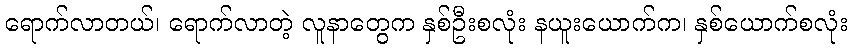
ရောက်လာတယ်၊ ရောက်လာတဲ့ လူနာတွေက နှစ်ဦးစလုံး နယူးယောက်က၊ နှစ်ယောက်စလုံး